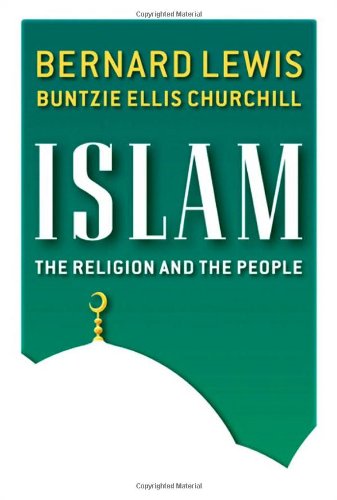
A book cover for Islam: The Religion and the People; Bernard Ellis Lewis; Religion & Spirituality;